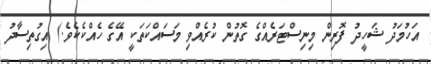
އަހުމަދު ޝަހީދު ފޮރިން މިނިސްޓަރެއްގެ ގޮތުން ކުރެއްވި މަސައްކަތަކީ އޭގެ ހެއްކެކެވެ.) އިގުތިސާދު